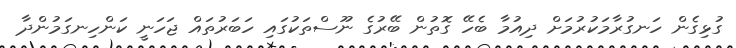
ގުޅިގެން ހަނގުރާމަކުރުމަށް ދިއުމާ ބެހޭ ގޮތުން ބޭރުގެ ނޫސްތަކުގައި ހަބަރުތައް ޖަހަނީ ކަންހިނގަމުންދާ